Report on vaccination in Madras 1877-1894 - 1877-1894
Year: 1877
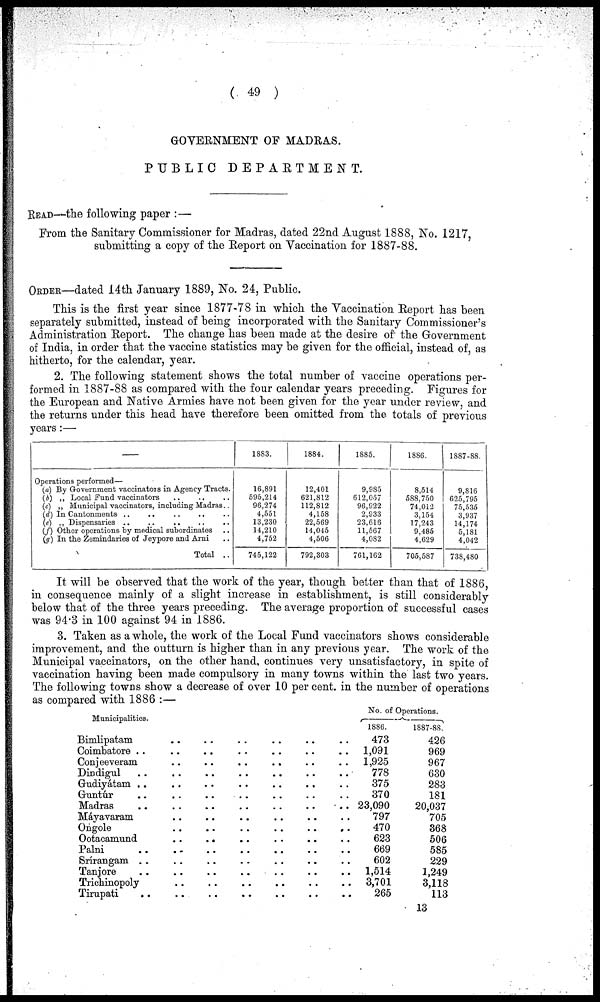
( 49 )
GOVERNMENT OF MADRAS.
PUBLIC
DEPARTMENT.
READ—the following paper :—
From the Sanitary Commissioner for Madras, dated 22nd August 1888, No. 1217,
submitting a copy of the Report on Vaccination for 1887-88.
ORDER—dated 14th January 1889, No. 24, Public.
This is the first year since 1877-78 in which the Vaccination Report has been
separately submitted, instead of being incorporated with the Sanitary Commissioner's
Administration Report. The change has been made at the desire of the Government
of India, in order that the vaccine statistics may be given for the official, instead of, as
hitherto, for the calendar, year.
2. The following statement shows the total number of vaccine operations per-
formed in 1887-88 as compared with the four calendar years preceding. Figures for
the European and Native Armies have not been given for the year under review, and
the returns under this head have therefore been omitted from the totals of previous
years:—
—
Operations performed—
(a) By Government vaccinators in Agency Tracts.
(b) „ Local Fund vaccinators .. .. ..
(c) „ Municipal vaccinators, including Madras..
(d) In Cantonments .. .. .. ..
(e) „ Dispensaries .. .. .. ..
(ƒ) Other operations by medical subordinates ..
(g) In the Zemindaries of Jeypore and Arni ..
Total ..
1883.
16,891
595,214
96,274
4,551
13,230
14,210
4,752
745,122
1884.
12,401
621,812
112,812
4,158
22,569
14,045
4,506
792,303
1885.
9,985
612,057
96,922
2,933
23,616
11,567
4,082
761,162
1886.
8,514
588,750
74,012
3,154
17,243
9,485
4,629
705,587
1887-88.
9,816
625,795
75,535
3,937
14,174
5,181
4,042
738,480
It will be observed that the work of the year, though better than that of 1886,
in consequence mainly of a slight increase in establishment, is still considerably
below that of the three years preceding. The average proportion of successful cases
was 94.3 in 100 against 94 in 1886.
3. Taken as a whole, the work of the Local Fund vaccinators shows considerable
improvement, and the outturn is higher than in any previous year. The work of the
Municipal vaccinators, on the other hand, continues very unsatisfactory, in spite of
vaccination having been made compulsory in many towns within the last two years.
The following towns show a decrease of over 10 per cent. in the number of operations
as compared with 1886 :—
Municipalities.
Bimlipatam .. .. .. .. .. ..
Coimbatore .. .. .. .. .. ..
Conjeeveram .. .. .. .. .. ..
Dindigul .. .. .. .. .. .. ..
Gudiyátam .. .. .. .. .. ..
Guntúr .. .. .. .. .. ..
Madras .. .. .. .. .. ..
Máyavaram .. .. .. .. ..
Ongole .. .. .. .. .. ..
Ootacamund .. .. .. .. ..
Palni .. .. .. .. .. ..
Srírangam .. .. .. .. .. ..
Tanjore .. .. .. .. .. .. ..
Trichinopoly .. .. .. .. ..
Tirupati .. .. .. .. ..
No. of
1886.
473
1,091
1,925
778
375
370
23,090
797
470
623
669
602
1,514
3,701
265
Operations.
1887-88.
426
969
967
630
283
181
20,037
705
368
506
585
229
1,249
3,118
113
13